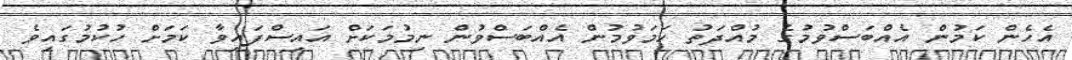
އެހެން ކަމުން އެއްބަސްވުމުގެ މުއްދަތު ހަމަވުމުން އެއްބަސްވުން ނިމުމަކަށް އައިސްފައިވާ ކަމަށް ހުކުމުގައިވެ